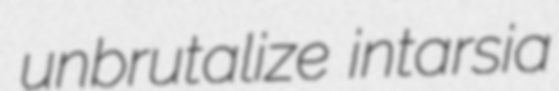
unbrutalize intarsia